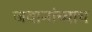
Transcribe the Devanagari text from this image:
जवानांच्याच